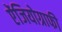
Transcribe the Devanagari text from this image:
ऐंजियोग्राफी